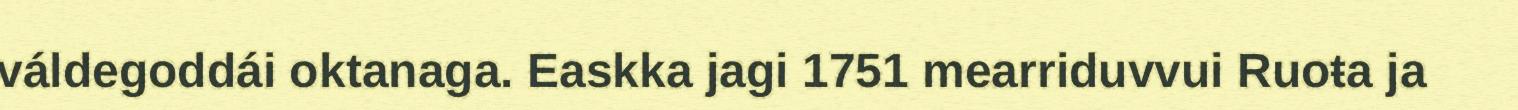
váldegoddái oktanaga. Easkka jagi 1751 mearriduvvui Ruoŧa ja